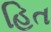
હિત